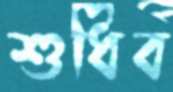
শুধিব